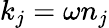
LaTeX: k_{j}=\omega n_{j}